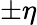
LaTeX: \pm\eta